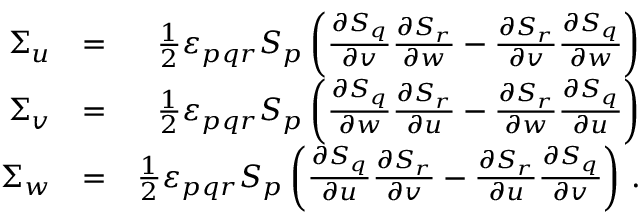
\begin{array} { r l r } { \Sigma _ { u } } & { = } & { \frac { 1 } { 2 } \varepsilon _ { p q r } S _ { p } \left( \frac { \partial S _ { q } } { \partial v } \frac { \partial S _ { r } } { \partial w } - \frac { \partial S _ { r } } { \partial v } \frac { \partial S _ { q } } { \partial w } \right) } \\ { \Sigma _ { v } } & { = } & { \frac { 1 } { 2 } \varepsilon _ { p q r } S _ { p } \left( \frac { \partial S _ { q } } { \partial w } \frac { \partial S _ { r } } { \partial u } - \frac { \partial S _ { r } } { \partial w } \frac { \partial S _ { q } } { \partial u } \right) } \\ { \Sigma _ { w } } & { = } & { \frac { 1 } { 2 } \varepsilon _ { p q r } S _ { p } \left( \frac { \partial S _ { q } } { \partial u } \frac { \partial S _ { r } } { \partial v } - \frac { \partial S _ { r } } { \partial u } \frac { \partial S _ { q } } { \partial v } \right) \, . } \end{array}